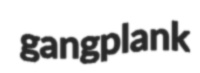
gangplank